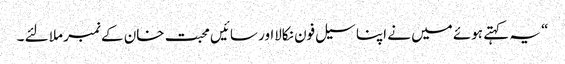
“ یہ کہتے ہوئے میں نے اپنا سیل فون نکالااور سائیں محبت خان کے نمبر ملا لئے ۔